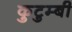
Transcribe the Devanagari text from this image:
कुटुम्बी